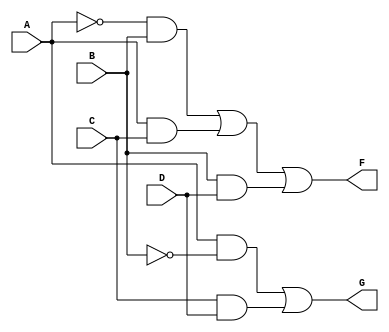
module combinational_logic (
    input wire A,    // Input variable A
    input wire B,    // Input variable B
    input wire C,    // Input variable C
    input wire D,    // Input variable D
    output wire F,   // Output variable F
    output wire G    // Output variable G
);

// Internal signals for intermediate calculations
wire A_not, B_not, C_not, D_not;
wire term1, term2, term3, term4, term5;

// NOT gates for inverted inputs
not (A_not, A);
not (B_not, B);
not (C_not, C);
not (D_not, D);

// AND gates for terms in F
and (term1, A_not, B); // A'B
and (term2, A, C);     // AC
and (term3, B, D);     // BD

// OR gate for output F
or (F, term1, term2, term3); // F = A'B + AC + BD

// AND gates for terms in G
and (term4, A, B_not); // AB'
and (term5, C, D);     // CD

// OR gate for output G
or (G, term4, term5); // G = AB' + CD

endmodule